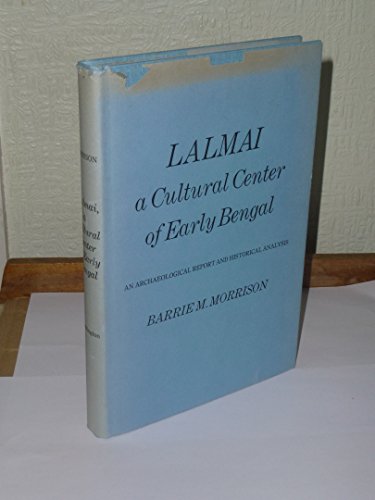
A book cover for Lalmai, a Cultural Center of Early Bengal; An Archaeological Report and Historical Analysis, (Publications on Asia of the Institute for Comparative and Foreign Area Studies, no. 24); Barrie M. Morrison; Travel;